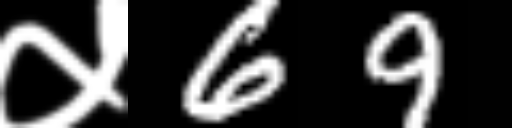
Text: ५69